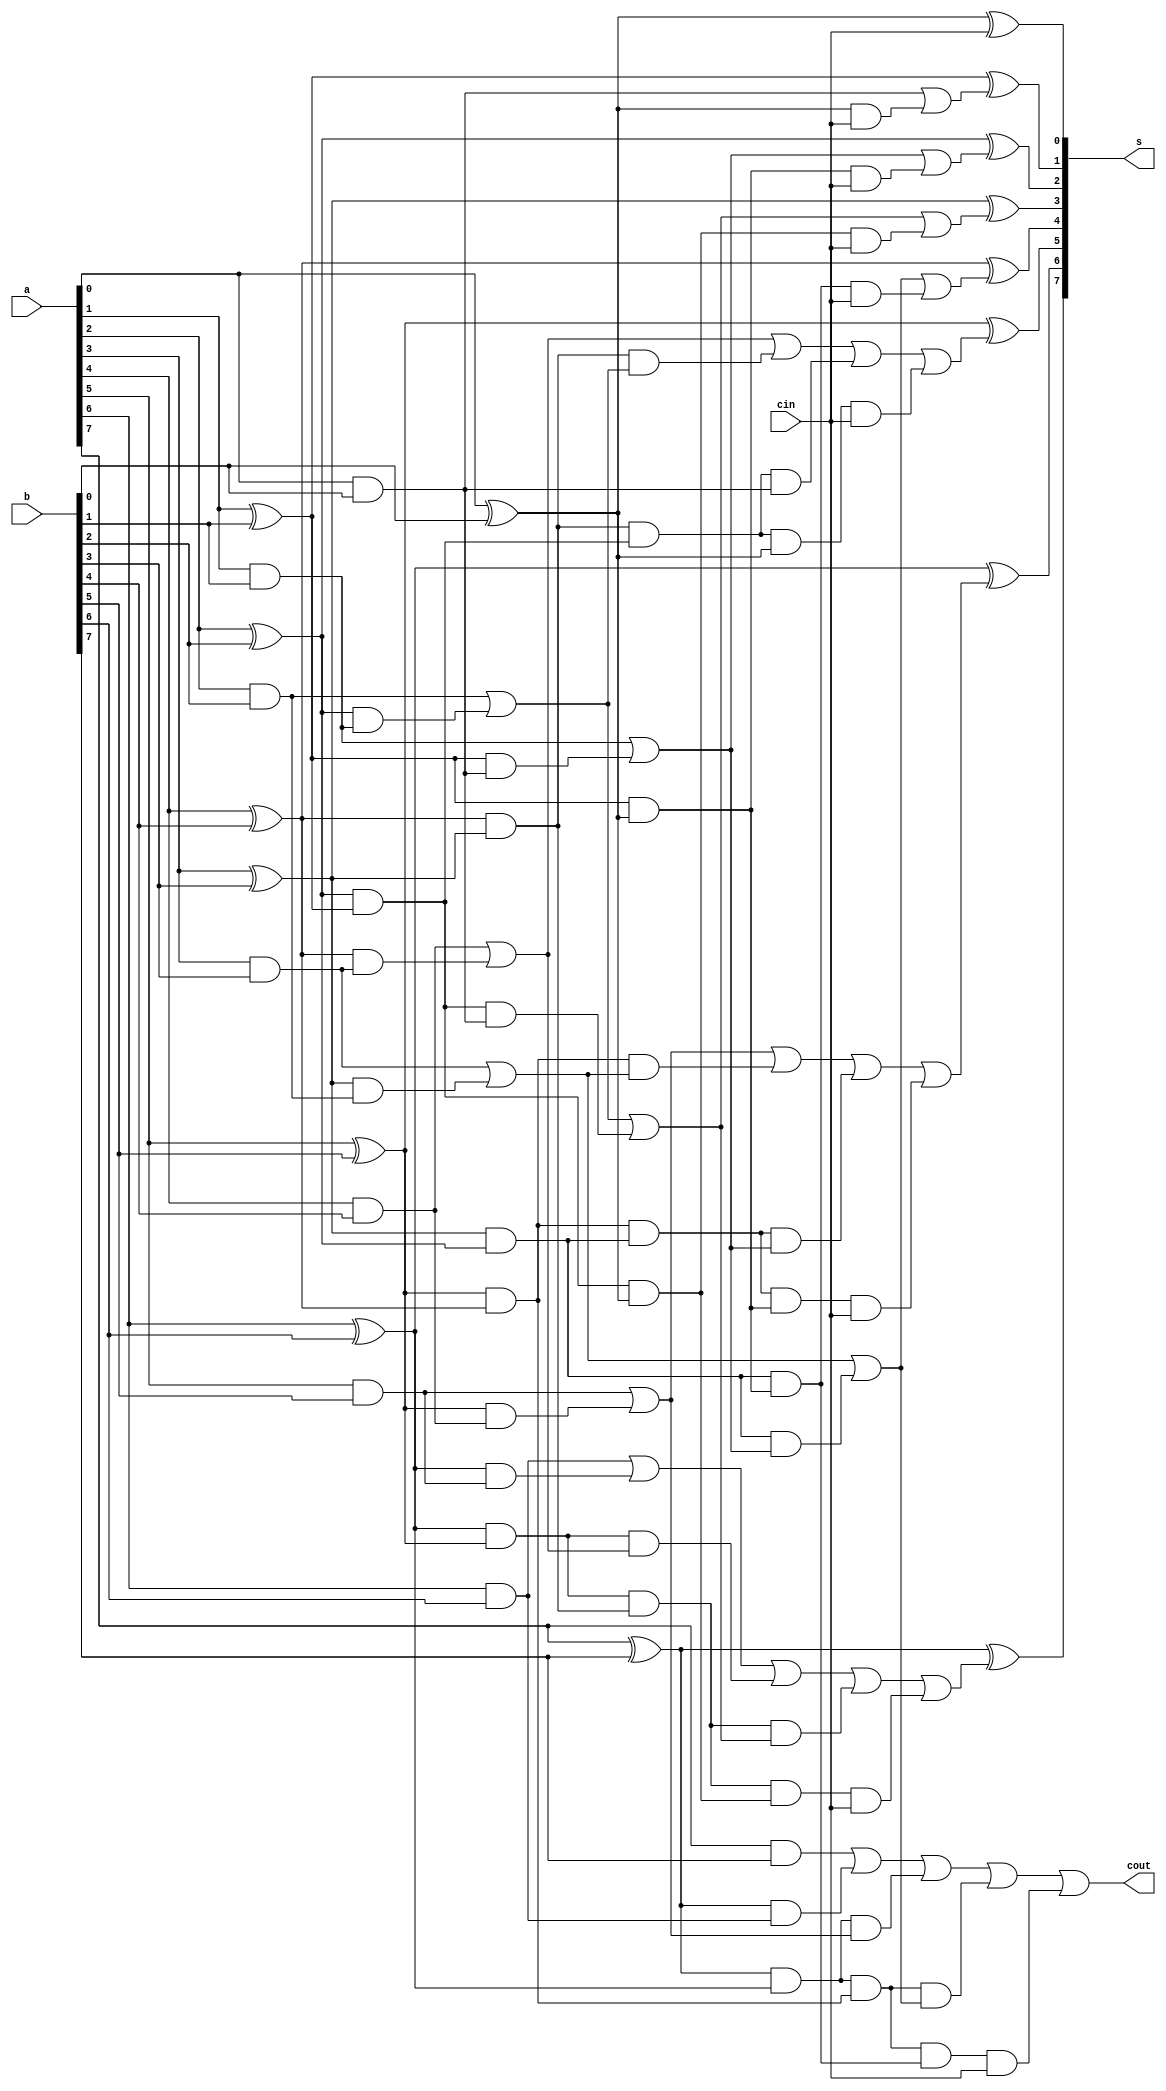
`timescale 1ns / 1ps
//////////////////////////////////////////////////////////////////////////////////
// Company: 
// 
// Design Name: 
// Module Name: kogge
// Project Name: 
// Target Devices: 
// Tool Versions: 
// Description: 
// 
// Dependencies: 
// 
// Revision:
// Revision 0.01 - File Created
// Additional Comments:
// 
//////////////////////////////////////////////////////////////////////////////////


module kogge#(parameter N=8,M = $clog2(N))(a,b,cin,s,cout);

input [N-1:0] a,b;
input cin;
output [N-1:0] s;
output cout;
wire [N-1:0]g[M:0];
wire [N-1:0]p[M:0];
wire [N:0] car;
assign car[0] = cin;
genvar i,j,k,l;

//precomputation//
for(i=0;i<N;i=i+1)                           
 begin
  assign g[0][i] = a[i]&b[i];
  assign p[0][i] = a[i]^b[i];
 end
 
 //carry tree //
for(j=1;j<(M+1);j = j+1) //row//
 begin
   for(k=0;k<N;k=k+1) //column//
    begin
     assign g[j][k] = (k<2**(j-1))? g[j-1][k]:(g[j-1][k]|(p[j-1][k]&g[j-1][k-2**(j-1)]));
     assign p[j][k] = (k<2**(j-1))? p[j-1][k]:(p[j-1][k]&p[j-1][k-2**(j-1)]);
    end
 end
 //postprocessing
for(l=0;l<N;l=l+1)
 begin
  assign car[l+1] = g[M][l]|(p[M][l]&car[0]);
  assign s[l] = p[0][l]^car[l];
 end
 assign cout = car[N];
endmodule